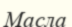
Масла